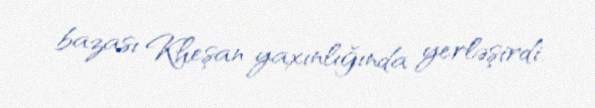
bazası Kheşan yaxınlığında yerləşirdi.